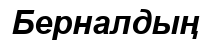
Берналдың